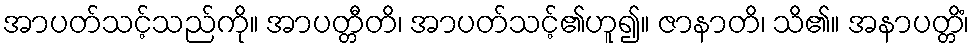
အာပတ်သင့်သည်ကို။ အာပတ္တီတိ၊ အာပတ်သင့်၏ဟူ၍။ ဇာနာတိ၊ သိ၏။ အနာပတ္တိံ၊